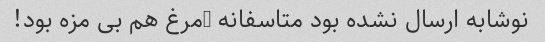
نوشابه ارسال نشده بود متاسفانه …مرغ هم بی مزه بود!